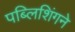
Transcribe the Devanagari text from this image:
पब्लिशिंगने